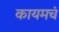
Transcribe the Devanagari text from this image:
कायमचं